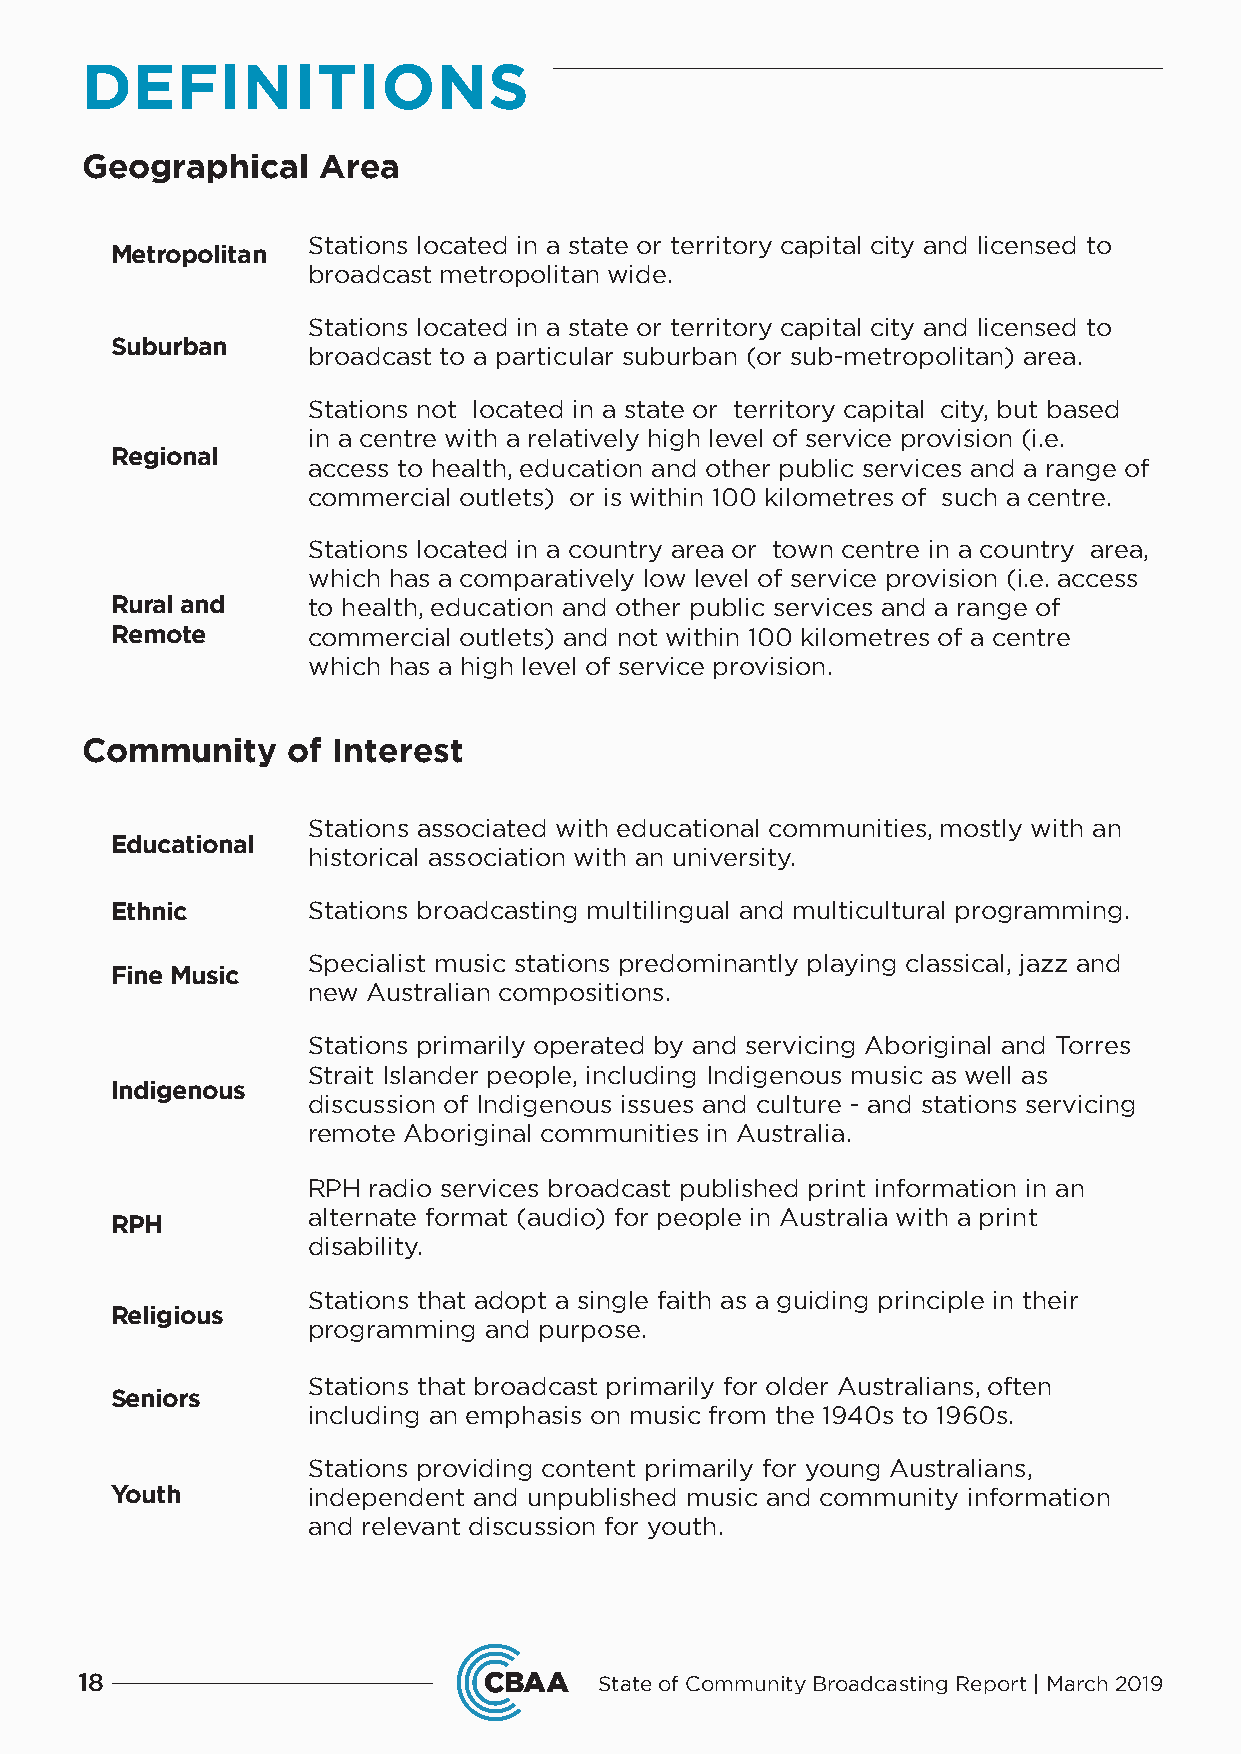
DEFINITIONS
 Geographical    Area
 Stations located in a state or territory capital city and licensed to
 Metropolitan
 broadcast metropolitan wide.
 Stations located in a state or territory capital city and licensed to
 Suburban
 broadcast to a particular suburban (or sub-metropolitan) area.
 Stations not located in a state or territory capital city, but based
 in a centre with a relatively high level of service provision (i.e.
 Regional
 access to health, education and other public services and a range of
 commercial outlets) or is within 100 kilometres of such a centre.
 Stations located in a country area or town centre in a country area,
 which has a comparatively low level of service provision (i.e. access
 Rural and    to health, education and other public services and a range of
 Remote       commercial outlets) and not within 100 kilometres of a centre
 which has a high level of service provision.
 Community     of Interest
 Stations associated with educational communities, mostly with an
 Educational
 historical association with an university.
 Ethnic       Stations broadcasting multilingual and multicultural programming.
 Specialist music stations predominantly playing classical, jazz and
 Fine Music
 new Australian compositions.
 Stations primarily operated by and servicing Aboriginal and Torres
 Strait Islander people, including Indigenous music as well as
 Indigenous
 discussion of Indigenous issues and culture - and stations servicing
 remote Aboriginal communities in Australia.
 RPH radio services broadcast published print information in an
 alternate format (audio) for people in Australia with a print
 RPH
 disability.
 Stations that adopt a single faith as a guiding principle in their
 Religious
 programming and purpose.
 Stations that broadcast primarily for older Australians, often
 Seniors
 including an emphasis on music from the 1940s to 1960s.
 Stations providing content primarily for young Australians,
 Youth        independent and unpublished music and community information
 and relevant discussion for youth.
 18                                 State of Community Broadcasting Report | March 2019